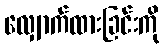
လျှောက်ထားခြင်းကို